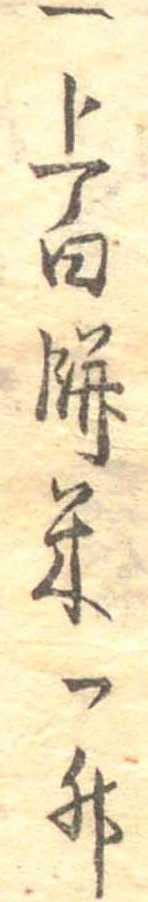
一上白餅米一升